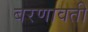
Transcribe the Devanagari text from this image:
बरणावती